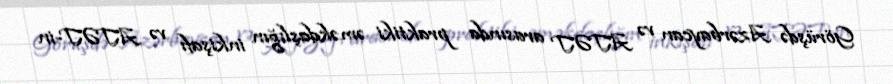
Görüşdə Azərbaycan və ATƏT arasında praktiki əməkdaşlığın inkişafı və ATƏT-in